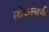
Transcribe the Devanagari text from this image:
लोकल्सची